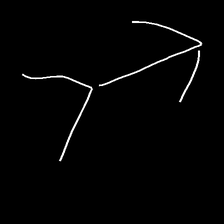
Glyph: gather